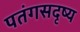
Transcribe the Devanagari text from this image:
पतंगसदृष्य